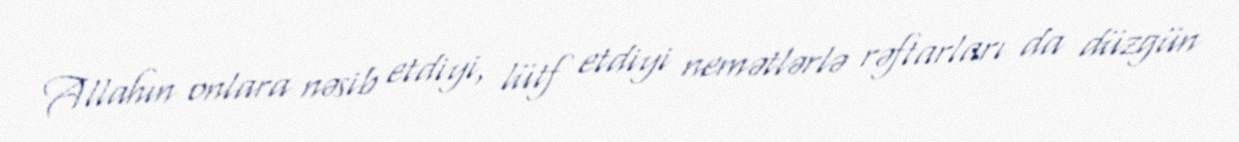
Allahın onlara nəsib etdiyi, lütf etdiyi nemətlərlə rəftarları da düzgün